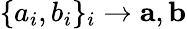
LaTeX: \{ a_{i},b_{i}\} _{i}\to\mathbf{a},\mathbf{b}